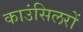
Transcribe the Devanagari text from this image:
काउंसिलरों